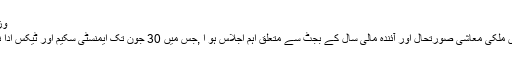
وزیر اعظم نے ”خاص لوگوں “کیخلاف کریک ڈاﺅن کا اعلان کر
اسلام آباد:وزیر اعظم عمران خان کی زیر صدارت بنی گالہ میں ملکی معاشی صورتحال اور آئندہ مالی سال کے بجٹ سے متعلق اہم اجلاس ہو ا ,جس میں 30 جون تک ایمنسٹی سکیم اور ٹیکس ادا نہ کرنے والوں کیخلاف کریک ڈائون کرنیکا فیصلہ کر لیا گیا ۔